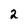
Character: 2